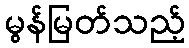
မွန်မြတ်သည့်